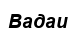
Вадаи